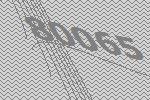
80065